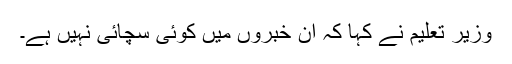
وزیر تعلیم نے کہا کہ ان خبروں میں کوئی سچائی نہیں ہے۔